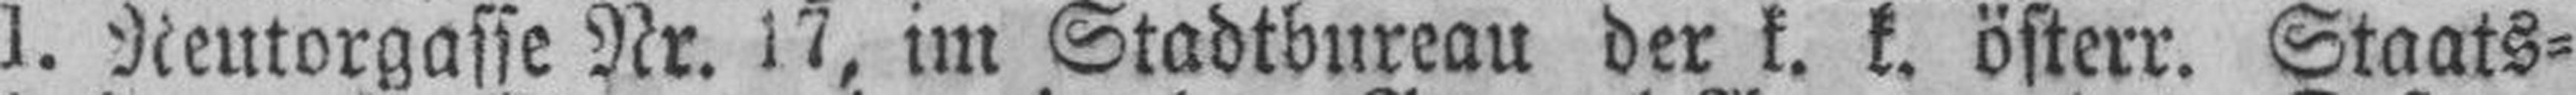
I. Neutorgasse Nr. 17, im Stadtbureau der k. k. österr. Staats¬